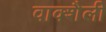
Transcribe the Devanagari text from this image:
वाक्शैली